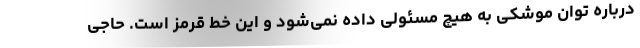
درباره توان موشکی به هیچ مسئولی داده نمی‌شود و این خط قرمز است. حاجی